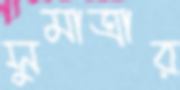
সুমাত্রার